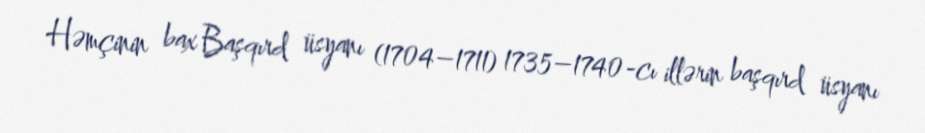
Həmçinin bax Başqırd üsyanı (1704–1711) 1735–1740-cı illərin başqırd üsyanı